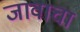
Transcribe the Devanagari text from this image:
जावाचा